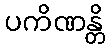
ပကိဏန္တိ